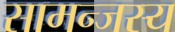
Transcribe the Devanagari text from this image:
सामन्‍जस्‍य